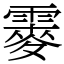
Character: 䨫